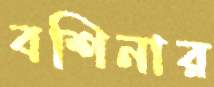
বশিনার